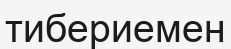
тибериемен